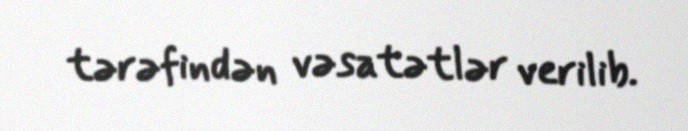
tərəfindən vəsatətlər verilib.